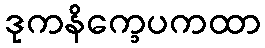
ဒုကနိက္ခေပကထာ